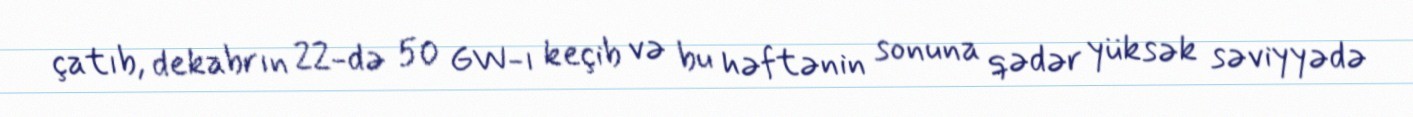
çatıb, dekabrın 22-də 50 GW-ı keçib və bu həftənin sonuna qədər yüksək səviyyədə